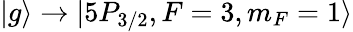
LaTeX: |g\rangle\rightarrow|5P_{3/2},F=3,m_{F}=1\rangle